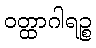
ဝတ္ထာဂါရဉ္စ